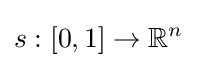
s:[0,1]\to \mathbb {R} ^{n}